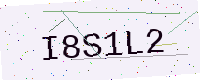
Text: I8S1L2